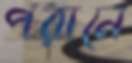
পরানে